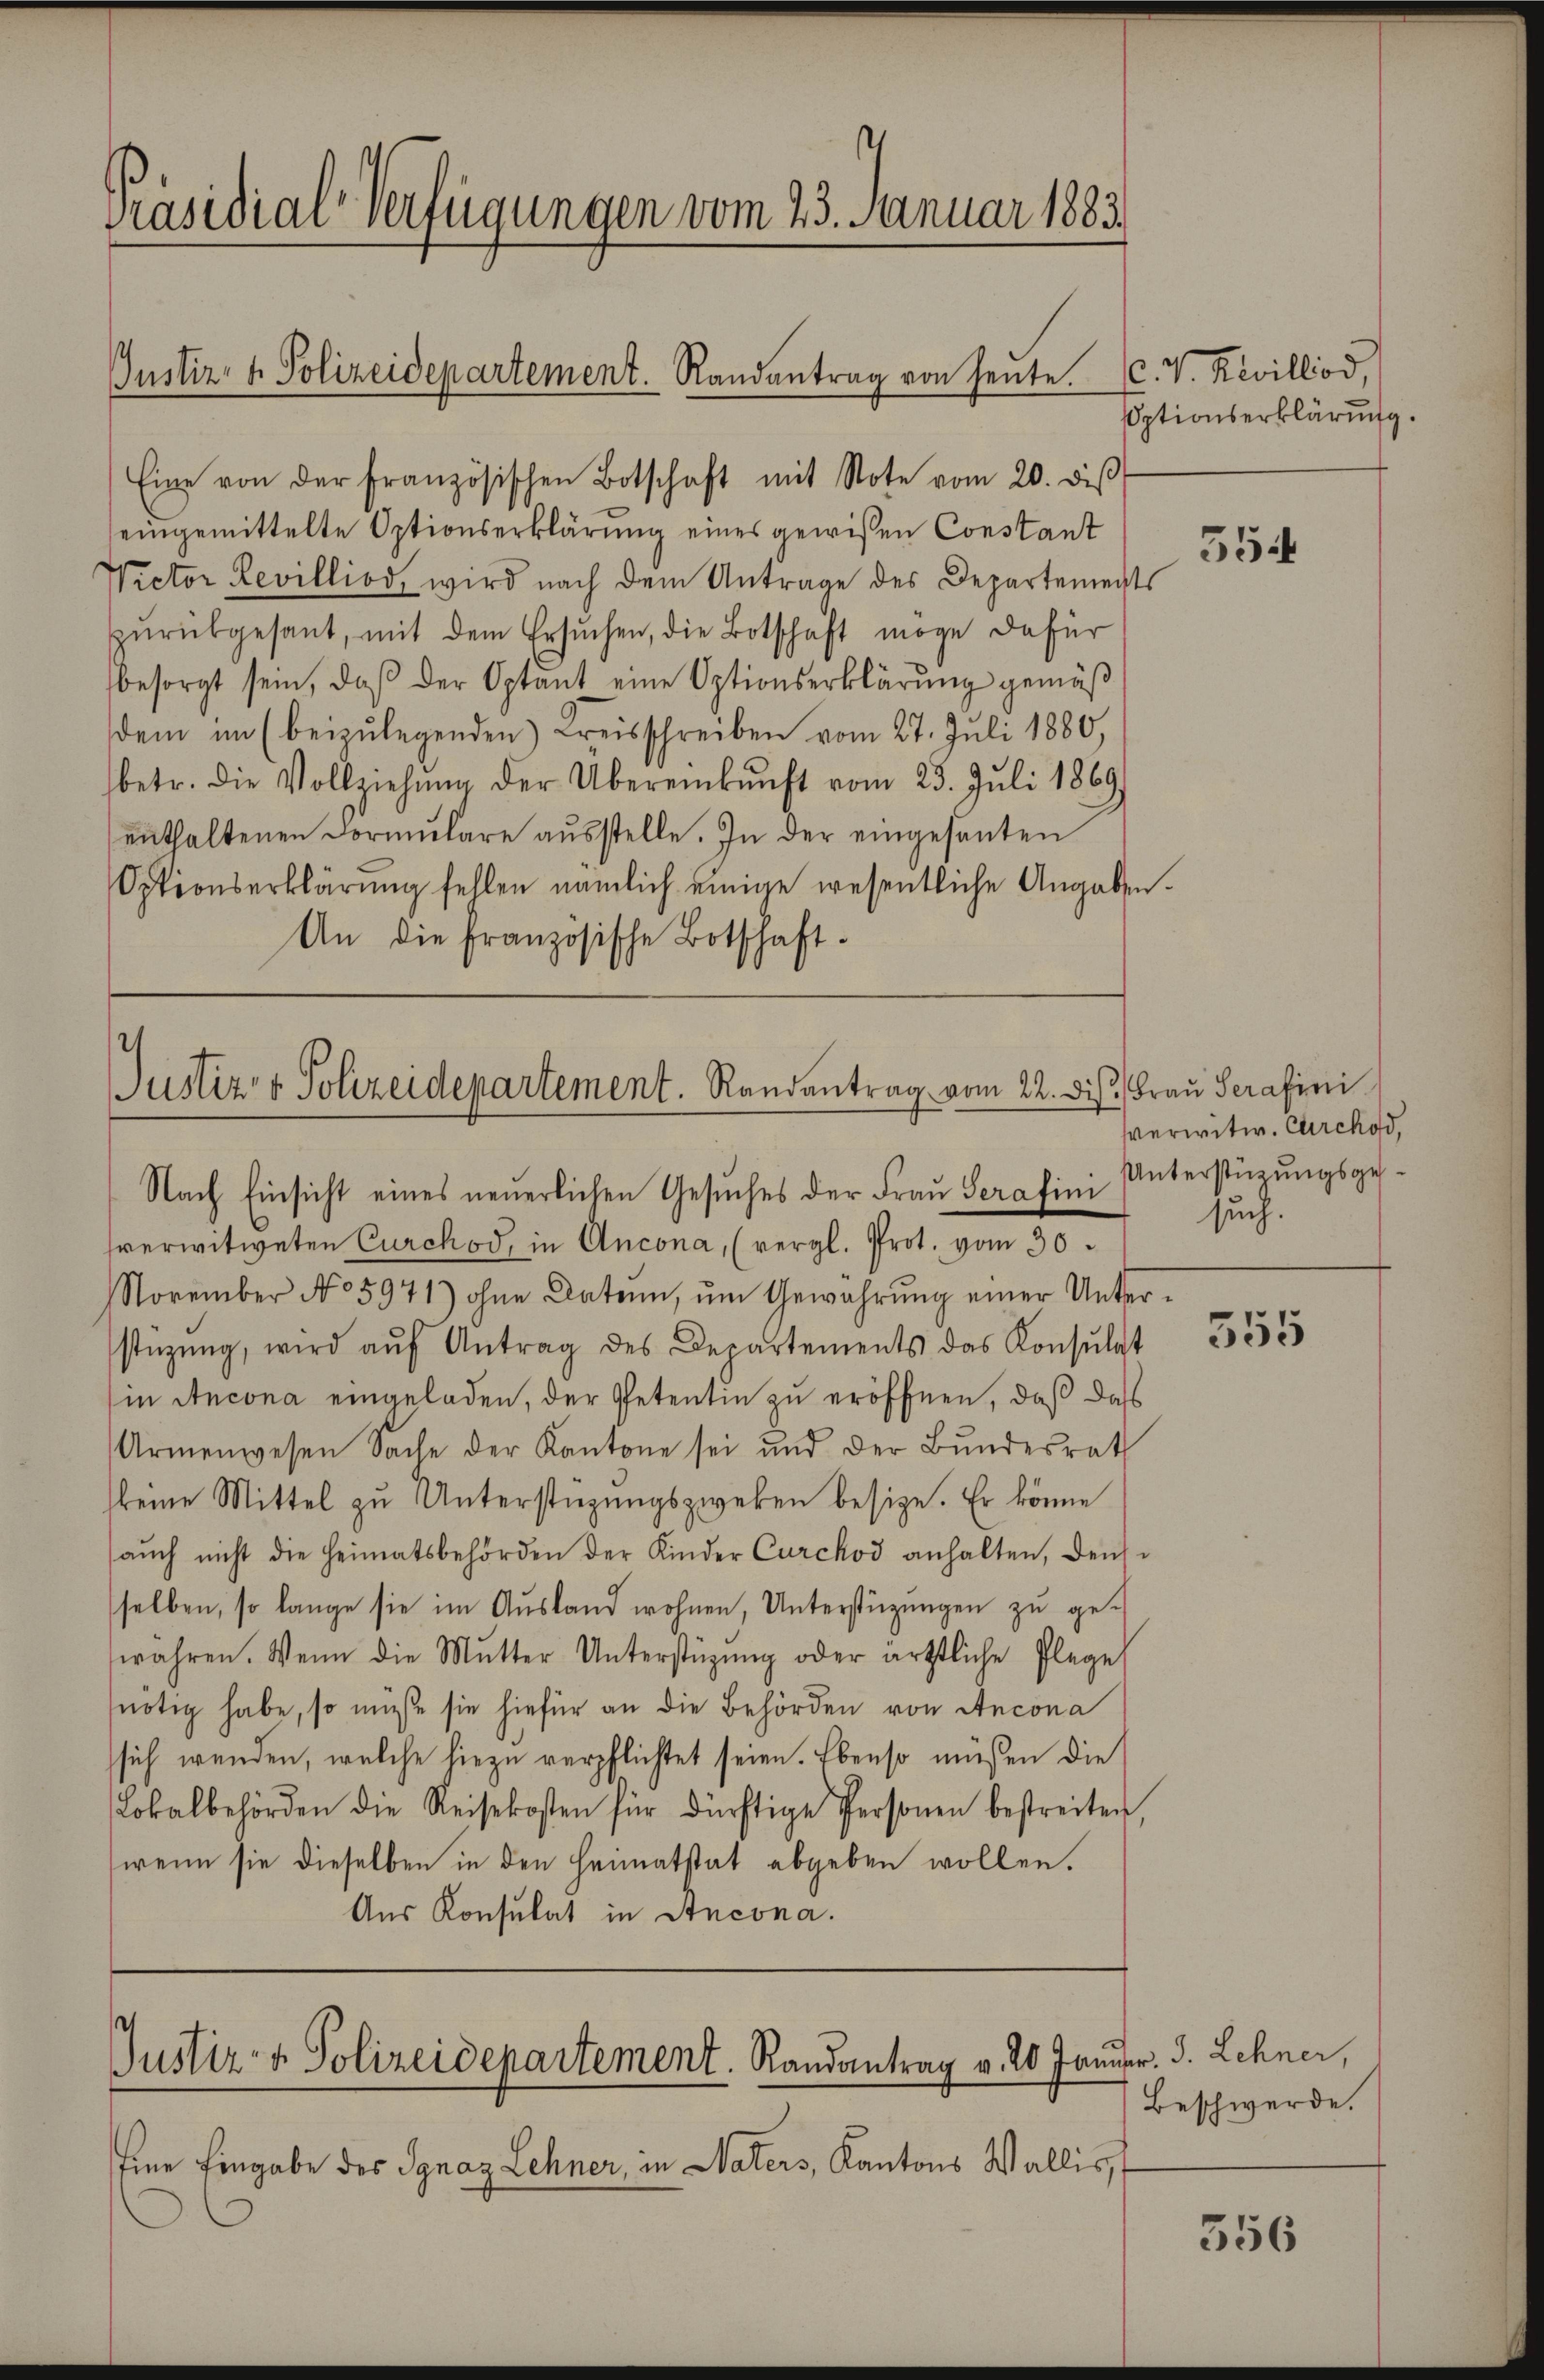
Präsidial-Verfügungen vom 23. Januar 1883

Eine von der französischen Botschaft mit Note vom 20. di
eingemittelte Optionserklärung eines gewißen Constant
Victor Levilliod, wird nach dem Antrage des Departements
pŭrükgesant, mit dem Ersŭchen, die Botschaft möge dafür
besorgt sein, daß der Optant eine Optionserklärung gemäß
dem im (beizulegenden Kreisschreiben vom 27. Juli 1880,
betr. die Vollziehŭng der Übereinkunft vom 23. Juli 1869
enthaltenen Formŭlare aŭsstelle. In der eingesanten
Optionserklärŭng fellen nämlich einige wesentliche Angaben.
An die französische Botschaft-

Gustiz- & Polizeidepartement. Randantrag von heute. (C. V. Revillod,

Justiz- & Polizeidepartement. Randantrag vom 22. dis. Frau Serafini
Nach Einsicht eines neuerlichen Gesuches der Frau Serafini Unterstüzungsge¬

sverwitweten Curckod, in Ancona, (vergl. Prot. vom 30.
November No 5971) ohne Daten, ŭm Gewahrŭng einer Unter-
stüzung, wird aŭf Antrag des Departements das Konsŭlat
in Ancona eingeladen, der Petentin zu eröffnen, daß daß
Armenwesen Sache der Kantone sei und der Bŭndesrath
keine Mittel zu Unterstüzungszweken besize. Er könne
aŭch nicht die Heimatsbehörden der Kinder Carchod anhalten, dens-
selben, so lange sie im Aŭsland wohnen, Unterstützŭngen zŭ ge-
wahren. Wenn die Mutter Unterstüzung oder ärztliche Plage
nötig habe, so müsse sie hiefür an die Behörden von Ancona
sich wenden, welche hiezu verpflichtet seien. Ebenso müßen die
Lokalbehörden die Reisekosten für dürftige Personen bestreiten
(wenn sie dieselben in den Heimatstat abgeben wollen.
Aus Konsulat in Stucona.

Justiz- & Polizeidepartement. Randantrag v. 20 Januar. J. Lehner,

Eine Eingabe des Ignaz Lehner, in Vaters, Kantons Wallis,

Sptionserklärung.

sverwitw. Carchod,
such.

554

355

Beschwerde.

356